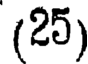
(25)